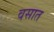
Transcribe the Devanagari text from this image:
वसात